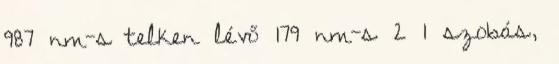
987 nm-s telken lévő 179 nm-s 2 1 szobás,